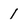
Character: 1